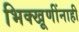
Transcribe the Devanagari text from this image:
भिक्खूणींनाही